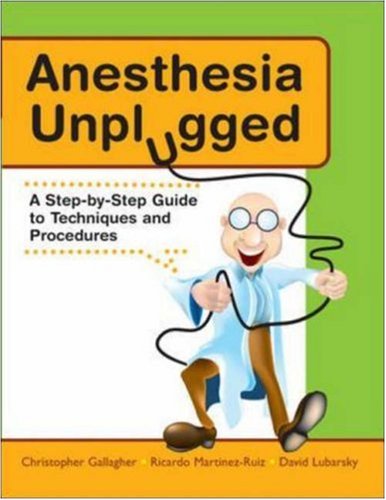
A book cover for Anesthesia Unplugged (Gallagher, Anesthesia Unplugged); Christopher Gallagher; Medical Books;